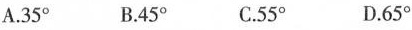
A.35° B.45° C.55° D.65°